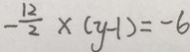
- \frac { 1 2 } { 2 } \times ( y - 1 ) = - 6